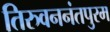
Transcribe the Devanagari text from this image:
तिरुवननंतपुरम